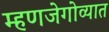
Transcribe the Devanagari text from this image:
म्हणजेगोव्यात